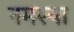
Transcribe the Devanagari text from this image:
नमस्या